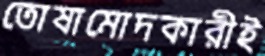
তোষামোদকারীই